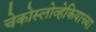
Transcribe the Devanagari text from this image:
चेकोस्लोव्हेकियाच्या